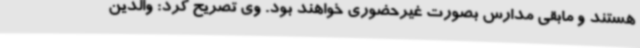
هستند و مابقی مدارس بصورت غیرحضوری خواهند بود. وی تصریح کرد: والدین